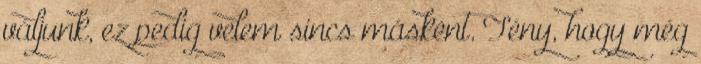
váljunk, ez pedig velem sincs másként. Tény, hogy még